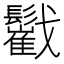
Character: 𩯷